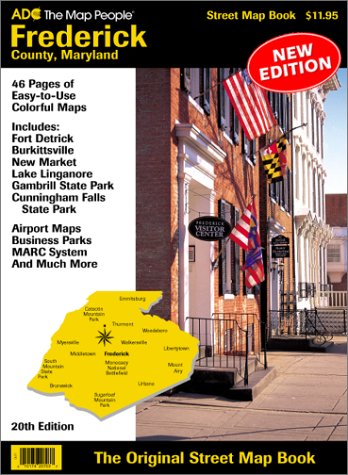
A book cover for Adc's Street Atlas of Frederick County Maryland; Adc's; Travel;